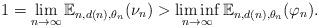
LaTeX: \begin{align*}1 = \lim_{n \to \infty} \mathbb{E}_{n, d(n), \theta_n}(\nu_n) > \liminf_{n \to \infty} \mathbb{E}_{n, d(n), \theta_n}(\varphi_n).\end{align*}